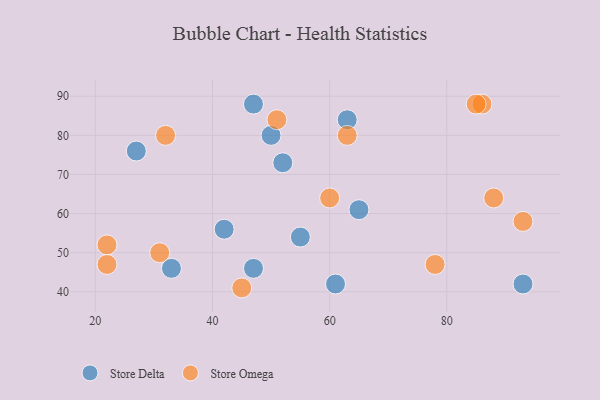
{"axis": {"x": "GDP", "y": "Life Expectancy"}, "legend": ["Store Delta", "Store Omega"], "data": [{"x": "42", "y": 56, "type": "Store Delta"}, {"x": "55", "y": 54, "type": "Store Delta"}, {"x": "65", "y": 61, "type": "Store Delta"}, {"x": "50", "y": 80, "type": "Store Delta"}, {"x": "27", "y": 76, "type": "Store Delta"}, {"x": "33", "y": 46, "type": "Store Delta"}, {"x": "47", "y": 88, "type": "Store Delta"}, {"x": "61", "y": 42, "type": "Store Delta"}, {"x": "93", "y": 42, "type": "Store Delta"}, {"x": "63", "y": 84, "type": "Store Delta"}, {"x": "47", "y": 46, "type": "Store Delta"}, {"x": "52", "y": 73, "type": "Store Delta"}, {"x": "63", "y": 80, "type": "Store Omega"}, {"x": "22", "y": 47, "type": "Store Omega"}, {"x": "93", "y": 58, "type": "Store Omega"}, {"x": "45", "y": 41, "type": "Store Omega"}, {"x": "86", "y": 88, "type": "Store Omega"}, {"x": "32", "y": 80, "type": "Store Omega"}, {"x": "51", "y": 84, "type": "Store Omega"}, {"x": "85", "y": 88, "type": "Store Omega"}, {"x": "22", "y": 52, "type": "Store Omega"}, {"x": "60", "y": 64, "type": "Store Omega"}, {"x": "88", "y": 64, "type": "Store Omega"}, {"x": "31", "y": 50, "type": "Store Omega"}, {"x": "78", "y": 47, "type": "Store Omega"}]}